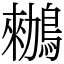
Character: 䳵